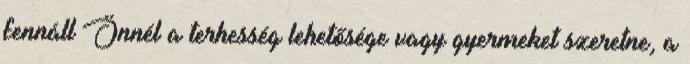
fennáll Önnél a terhesség lehetősége vagy gyermeket szeretne, a